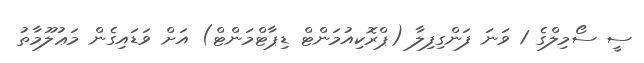
ސީ ސޯމިލްގެ 1 ވަނަ ފަންގިފިލާ (ޕްރޮކިއުމަންޓް ޑިޕާޓްމަންޓް) އަށް ވަޑައިގެން މަޢުލޫމާތު